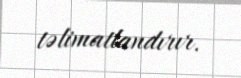
təlimatlandırır.